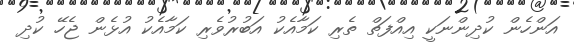
އަންހެން ކުދިންނަކީ އިއްފަތް ތެރި ކަމާއެކު އަބުރުވެރި ކަމާއެކު އުޅެން ޖެހޭ ކުދި